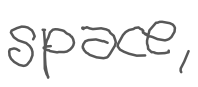
Text: space,
Cross-out: clean
Writing tool: digital_gray